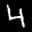
Label: 4